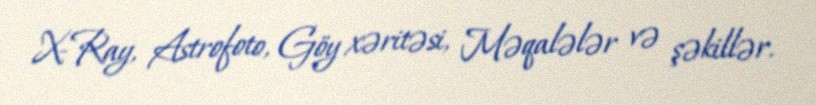
X-Ray, Astrofoto, Göy xəritəsi, Məqalələr və şəkillər.